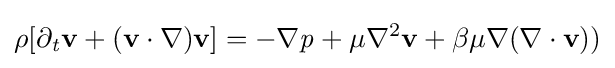
{\mathit {\rho }}[\partial _{\mathit {t}}{\textbf {v}}+({\textbf {v}}\cdot \nabla ){\textbf {v}}]=-\nabla {\mathit {p}}+{\mathit {\mu }}\nabla ^{2}{\textbf {v}}+{\mathit {\beta }}{\mathit {\mu }}\nabla (\nabla \cdot {\textbf {v}}))